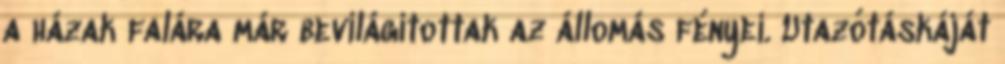
a házak falára már bevilágítottak az állomás fényei. Utazótáskáját